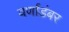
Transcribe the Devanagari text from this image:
वर्णाडंबर